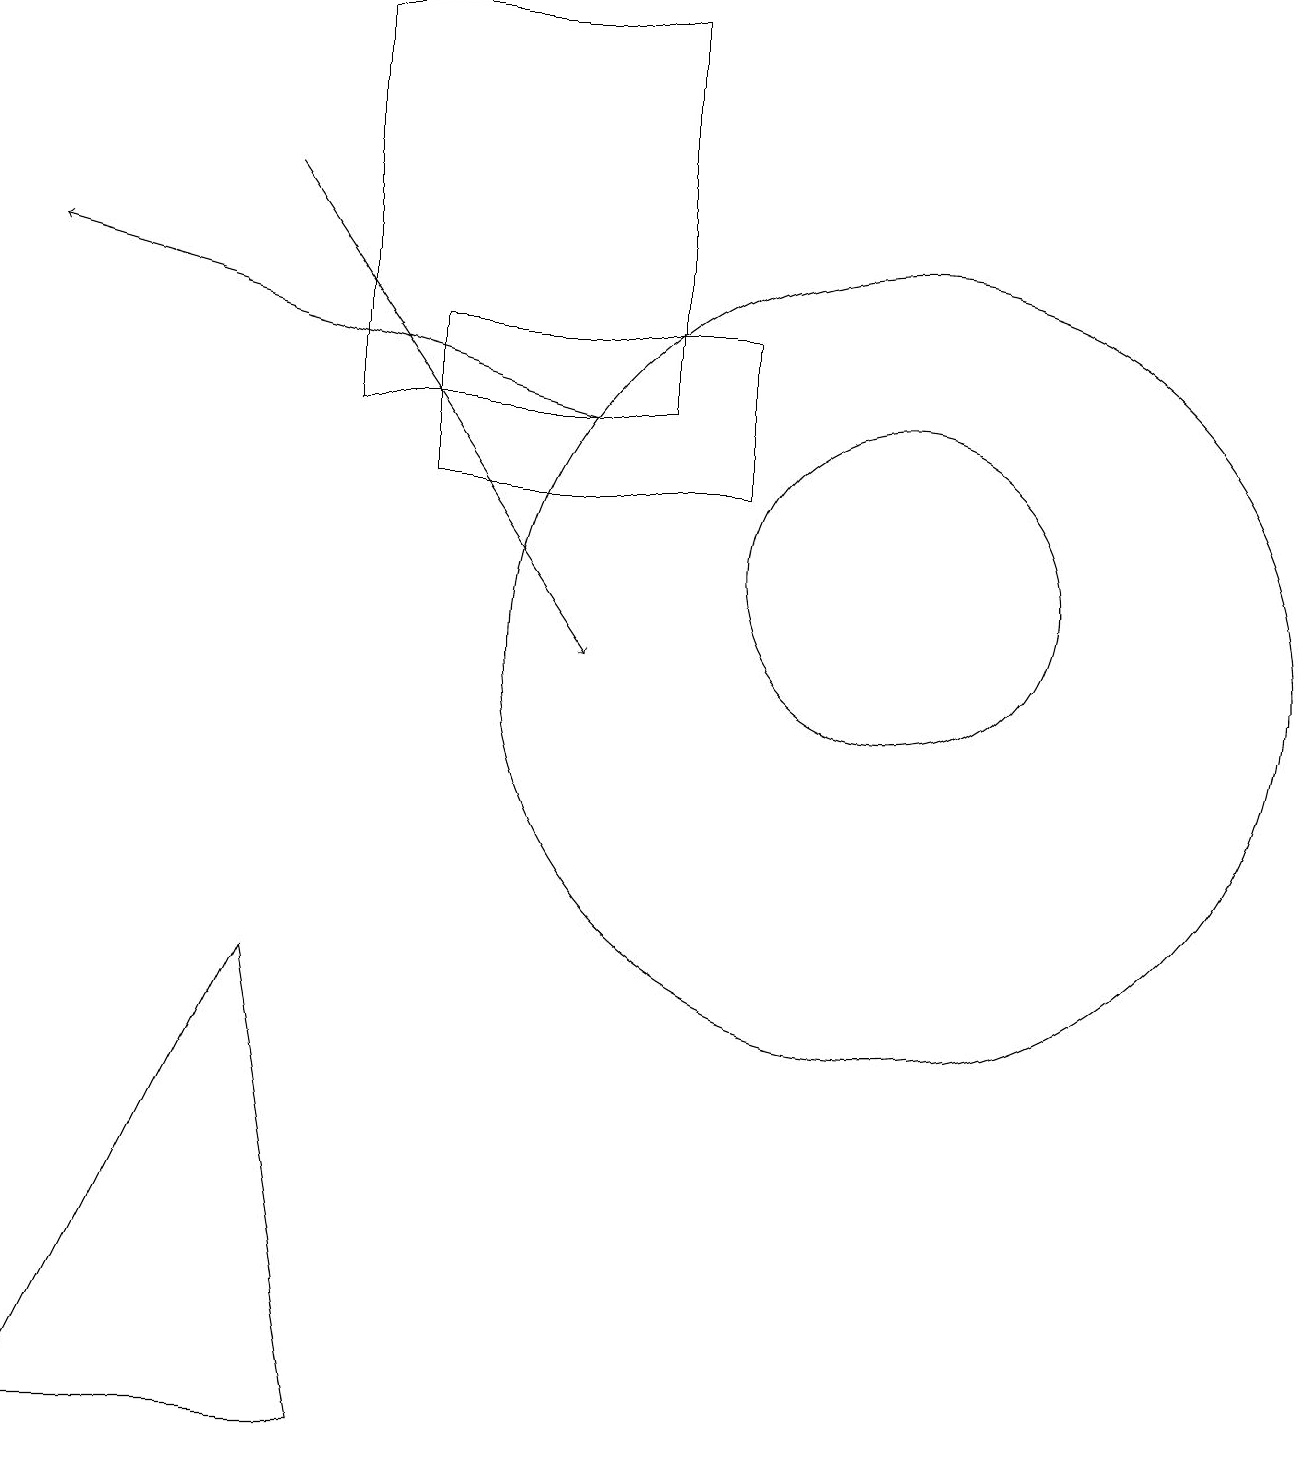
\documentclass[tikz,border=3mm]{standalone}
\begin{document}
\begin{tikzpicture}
\draw (11,10) circle (5);
\draw (8,18) rectangle (4,13);
\draw (0,0) -- (3,6) -- (4,0) -- cycle;
\draw (9,15) rectangle (9,15);
\draw[->] (7,13) -- (0,15);
\draw (11,11) circle (2);
\draw (5,14) rectangle (9,12);
\draw[->] (3,16) -- (7,10);
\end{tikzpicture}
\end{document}